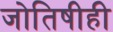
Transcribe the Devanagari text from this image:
जोतिषीही